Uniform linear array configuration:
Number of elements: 16
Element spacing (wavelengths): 0.75
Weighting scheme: binomial
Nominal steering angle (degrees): -60
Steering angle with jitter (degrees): -60.168
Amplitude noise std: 0.05
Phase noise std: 0.05

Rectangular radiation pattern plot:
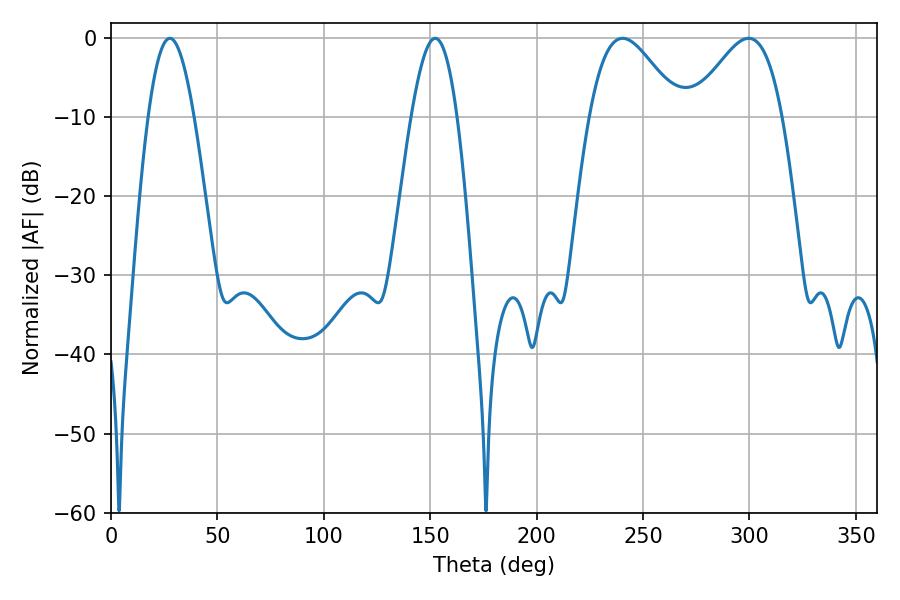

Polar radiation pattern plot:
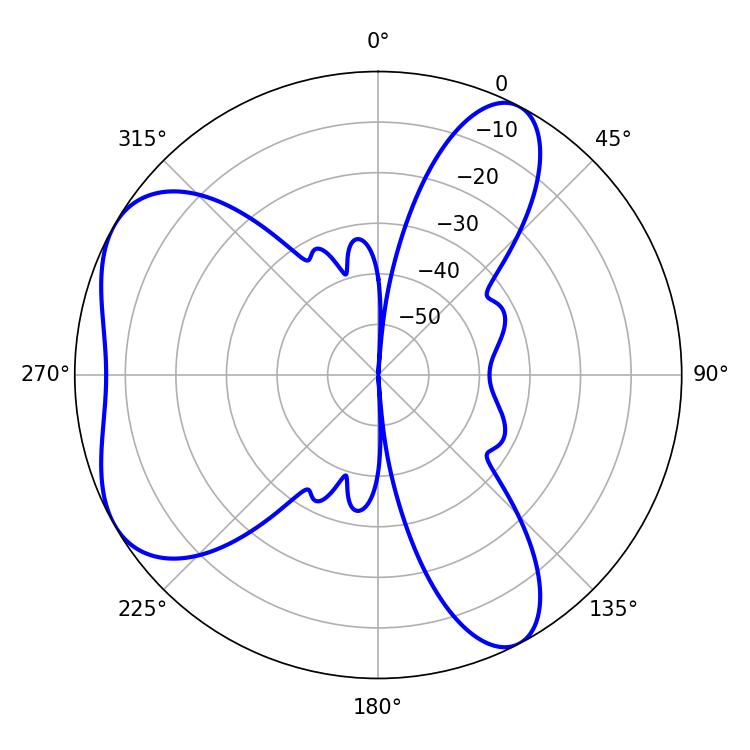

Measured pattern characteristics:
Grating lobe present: TRUE
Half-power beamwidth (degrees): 22.68
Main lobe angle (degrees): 240.48